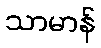
သာမာန်